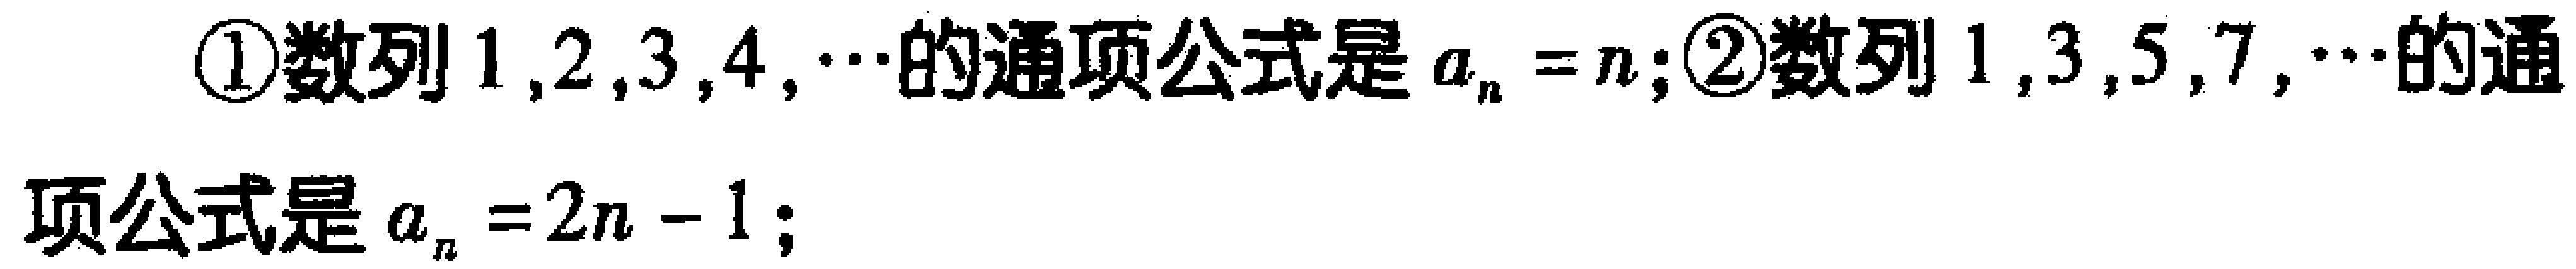
\textcircled{1}数列\(1,2,3,4,\cdots\)的通项公式是\(a_{n}=n\)；\textcircled{2}数列\(1,3,5,7,\cdots\)的通项公式是\(a_{n}=2n - 1\)；